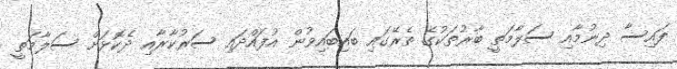
ފައިސާ ދިނުމާއި ސަލާމަތީ ބާރުތަކުގެ ތެރޭގައި ބައިބައިވުން އުފައްދައި ސަރުކާރާއި ދެކޮޅަށް ސަލާމަތީ